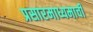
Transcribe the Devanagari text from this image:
प्रसारमाध्यमाची